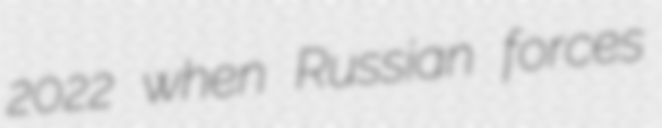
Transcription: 2022 when Russian forces